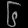
Digit: ၆